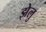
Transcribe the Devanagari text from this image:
झेलु